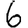
Digit: 6